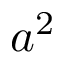
a ^ { 2 }